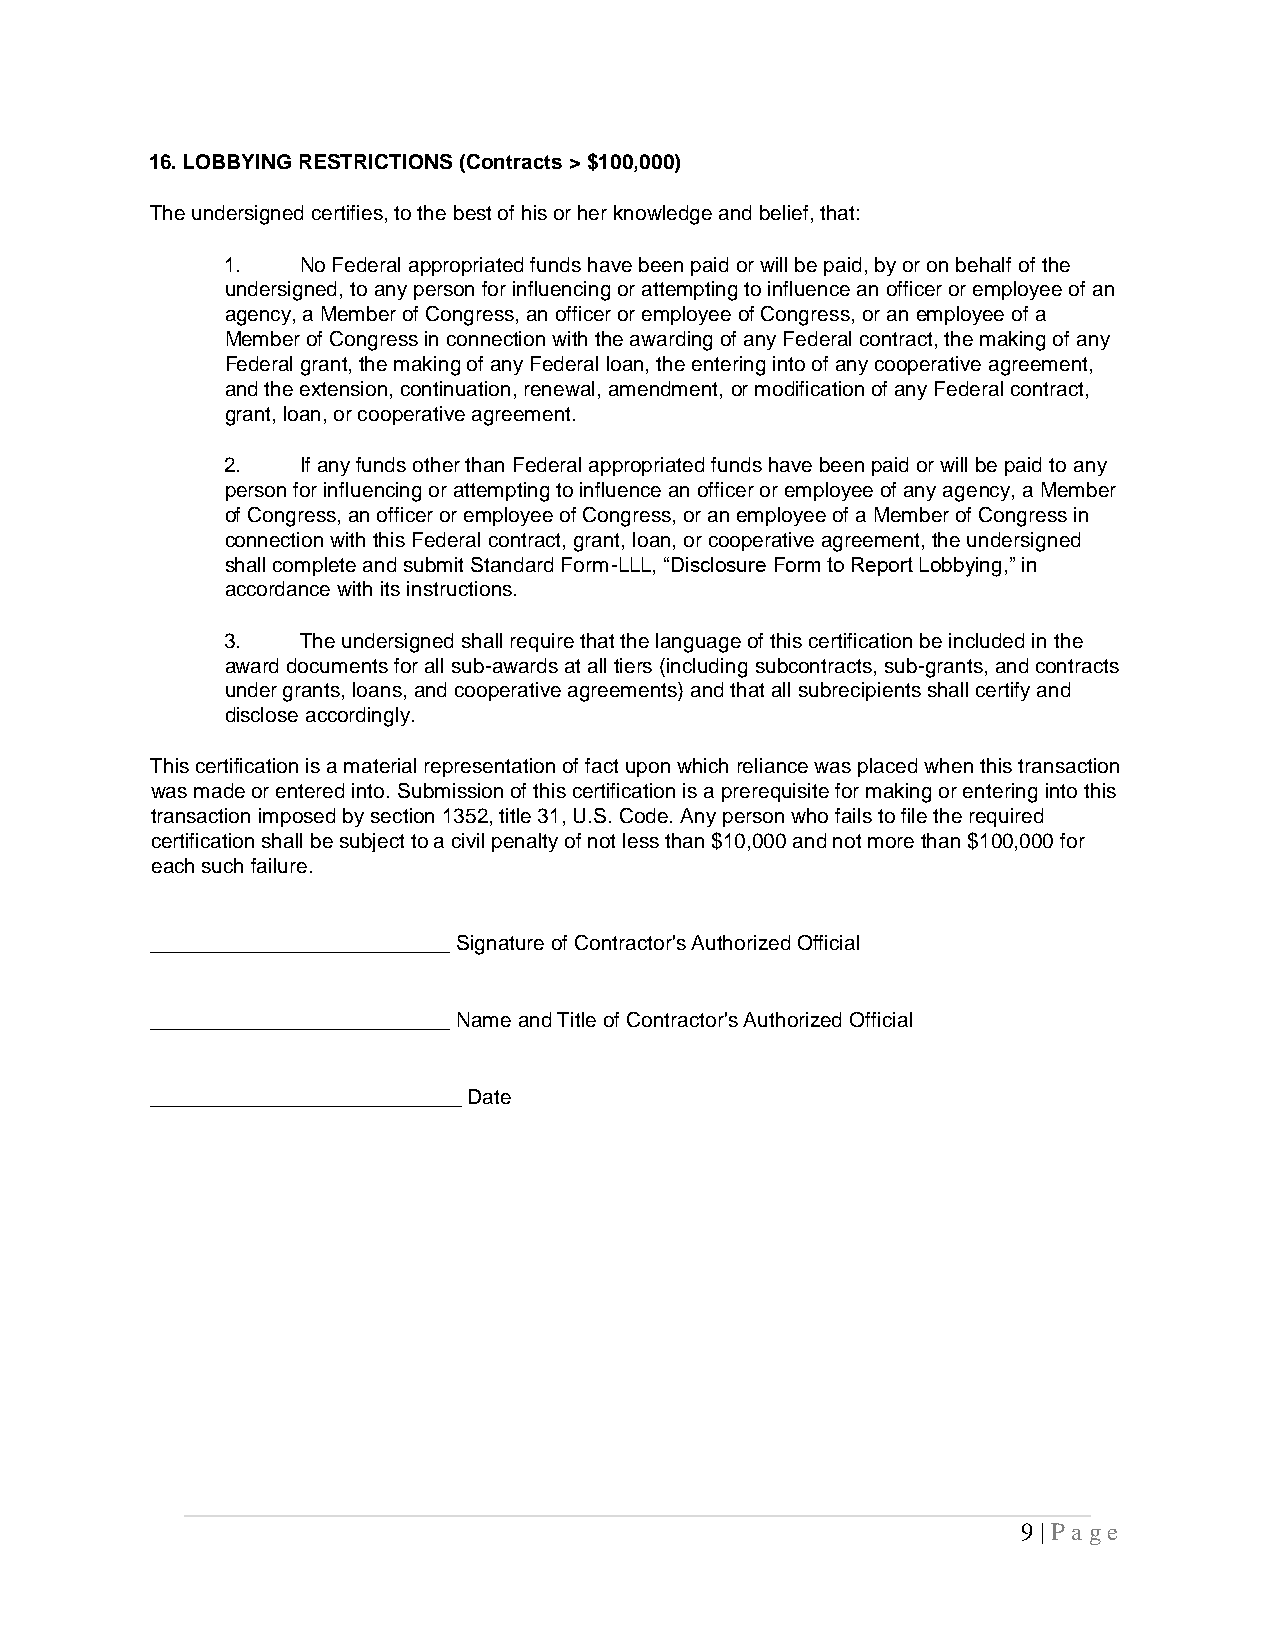
16. LOBBYING RESTRICTIONS (Contracts > $100,000)
 The undersigned certifies, to the best of his or her knowledge and belief, that:
 1.   No Federal appropriated funds have been paid or will be paid, by or on behalf of the
 undersigned, to any person for influencing or attempting to influence an officer or employee of an
 agency, a Member of Congress, an officer or employee of Congress, or an employee of a
 Member of Congress in connection with the awarding of any Federal contract, the making of any
 Federal grant, the making of any Federal loan, the entering into of any cooperative agreement,
 and the extension, continuation, renewal, amendment, or modification of any Federal contract,
 grant, loan, or cooperative agreement.
 2.   If any funds other than Federal appropriated funds have been paid or will be paid to any
 person for influencing or attempting to influence an officer or employee of any agency, a Member
 of Congress, an officer or employee of Congress, or an employee of a Member of Congress in
 connection with this Federal contract, grant, loan, or cooperative agreement, the undersigned
 shall complete and submit Standard Form-LLL, “Disclosure Form to Report Lobbying,” in
 accordance with its instructions.
 3.   The undersigned shall require that the language of this certification be included in the
 award documents for all sub-awards at all tiers (including subcontracts, sub-grants, and contracts
 under grants, loans, and cooperative agreements) and that all subrecipients shall certify and
 disclose accordingly.
 This certification is a material representation of fact upon which reliance was placed when this transaction
 was made or entered into. Submission of this certification is a prerequisite for making or entering into this
 transaction imposed by section 1352, title 31, U.S. Code. Any person who fails to file the required
 certification shall be subject to a civil penalty of not less than $10,000 and not more than $100,000 for
 each such failure.
 __________________________ Signature of Contractor's Authorized Official
 __________________________ Name and Title of Contractor's Authorized Official
 ___________________________ Date
 9 | P a g e